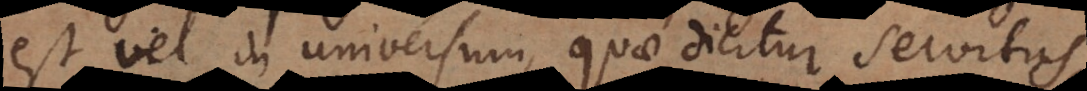
est vel in universum, quae dicitur servitus